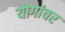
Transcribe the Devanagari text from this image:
योगांवर